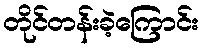
တိုင်တန်းခဲ့ကြောင်း